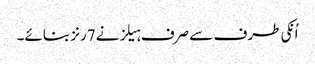
اُنکی طرف سے صرف ہیلز نے7رنز بنائے۔